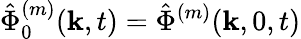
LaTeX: \hat{\Phi}_{0}^{(m)}(\mathbf{k},t)=\hat{\Phi}^{(m)}(\mathbf{k},0,t)